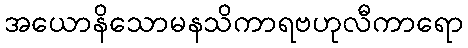
အယောနိသောမနသိကာရဗဟုလီကာရော